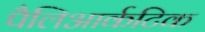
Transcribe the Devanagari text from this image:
पैलिआर्कटिक